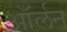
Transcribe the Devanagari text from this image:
ऑर्लन